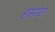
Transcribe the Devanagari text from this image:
हसरेल